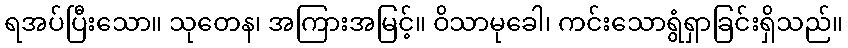
ရအပ်ပြီးသော။ သုတေန၊ အကြားအမြင့်။ ဝိသာမုခေါ၊ ကင်းသောရွံရှာခြင်းရှိသည်။